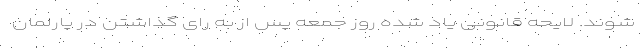
شوند. لایحه قانونی یاد شده روز جمعه پس از به رای گذاشتن در پارلمان